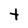
Character: t